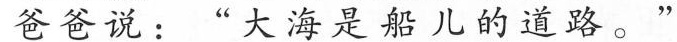
爸爸说： ”大海是船儿的道路 。“